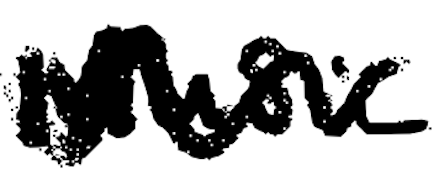
Text: Music
Cross-out: zig-zag
Writing tool: digital_black